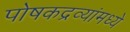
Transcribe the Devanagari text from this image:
पोषकद्रव्यांमध्ये